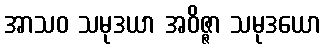
အာသဝ သမုဒယာ အဝိဇ္ဇာ သမုဒယော